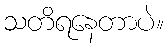
သတိရနေတာပဲ။